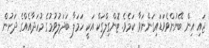
ޖައި އިން ބޭނުންވެވަޑައިގަންނަވާ ކަމެވެ. ޓޮންގިލްގަކް އަކީ ހަމަލާ ބަދަލުވުމުގެ މުހަދާއެއްގެ ދަށުން